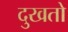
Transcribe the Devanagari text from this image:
दुखतो